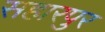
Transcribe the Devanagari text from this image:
सहारपुर